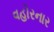
વહોરનાર